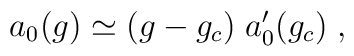
a_0 (g) \simeq (g - g_c) \; a_0^\prime (g_c) \; ,